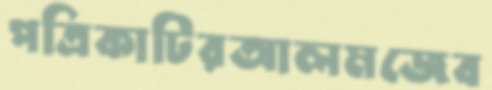
পত্রিকাটিরআলমজেব